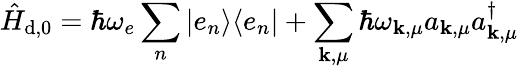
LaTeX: \hat{H}_{\mathrm{d},0}=\hbar\omega_{e}\sum_{n}\vert e_{n}\rangle\langle e_{n}\vert+\sum_{\mathbf{k},\mu}\hbar\omega_{\mathbf{k},\mu}a_{\mathbf{k},\mu}a_{\mathbf{k},\mu}^{\dagger}